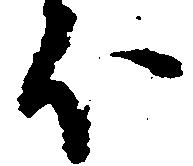
ほ